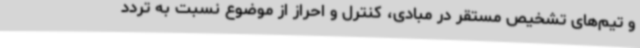
و تیم‌های تشخیص مستقر در مبادی، کنترل و احراز از موضوع نسبت به تردد